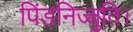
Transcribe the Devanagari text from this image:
पिंडनिज्जुति।